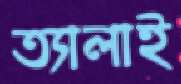
ত্যালাই